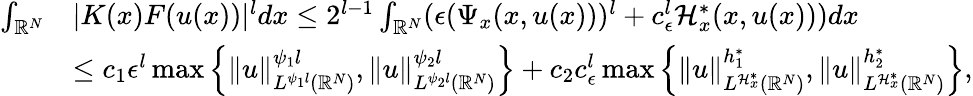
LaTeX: \begin{array}{rl}{\int_{{\mathbb R}^{N}}}&{|K(x)F(u(x))|^{l}dx\leq 2^{l-1}\int_{{\mathbb R}^{N}}(\epsilon({\Psi_{x}}(x,u(x)))^{l}+c_{\epsilon}^{l}{\mathcal{H}_{x}^{*}}(x,u(x)))dx}\\ &{\leq c_{1}{\epsilon}^{l}\operatorname*{max}\left\lbrace\| u\| _{L^{\psi_{1}l}({\mathbb R}^{N})}^{\psi_{1}l},\| u\| _{L^{\psi_{2}l}({\mathbb R}^{N})}^{\psi_{2}l}\right\rbrace+c_{2}c_{\epsilon}^{l}\operatorname*{max}\left\lbrace\| u\| _{L^{\mathcal{H}_{x}^{*}}({\mathbb R}^{N})}^{h_{1}^{*}},\| u\| _{L^{\mathcal{H}_{x}^{*}}({\mathbb R}^{N})}^{h_{2}^{*}}\right\rbrace,}\end{array}